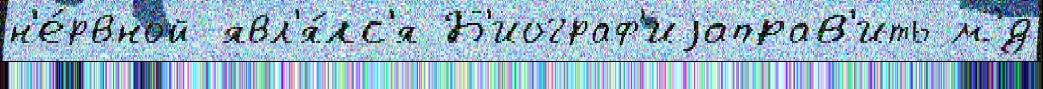
н'е́рвной явл'я́лс'я Б'иограф'иjаправ'ить м'́д